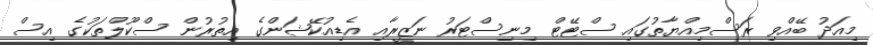
މިއަދު ބޭއްވި ރަސްމިއްޔާތުގައި ސްޓޭޓް މިނިސްޓަރު ނަޒީރާއި އެޑިއުކޭޝަންގެ އިތުރުން ސްކޫލްތަކުގެ އިސް